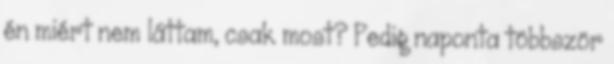
én miért nem láttam, csak most? Pedig naponta többször